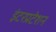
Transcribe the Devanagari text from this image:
इंटरप्रटेशन